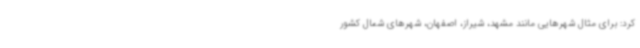
کرد: برای مثال شهرهایی مانند مشهد، شیراز، اصفهان، شهرهای شمال کشور